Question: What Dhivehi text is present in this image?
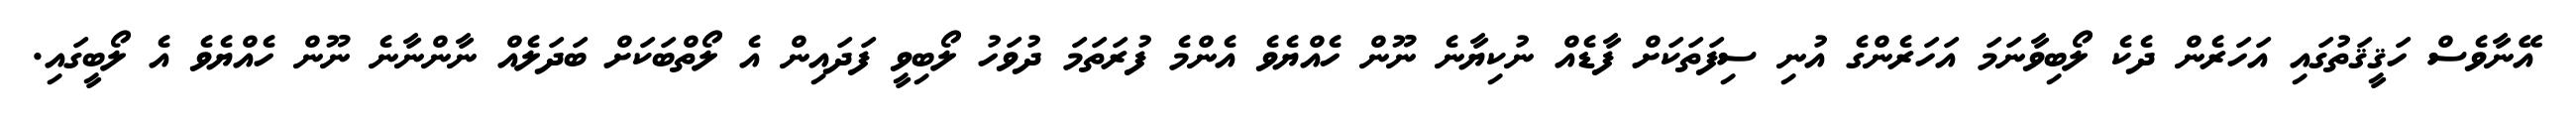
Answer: އޭނާވެސް ހަޤީޤަތުގައި އަހަރެން ދެކެ ލޯބިވާނަމަ އަހަރެންގެ އުނި ސިފަތަކަށް ފާޑެއް ނުކިޔާނެ ނޫން ހެއްޔެވެ އެންމެ ފުރަތަމަ ދުވަހު ލޯބިވީ ފަދައިން އެ ލޯތްބަކަށް ބަދަލެއް ނާންނާނެ ނޫން ހެއްޔެވެ އެ ލޯބީގައި.